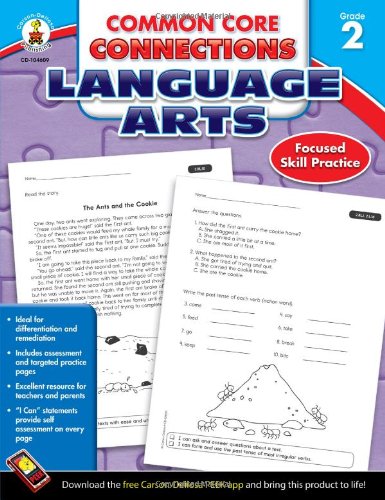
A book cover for Common Core Connections Language Arts, Grade 2; Education & Teaching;